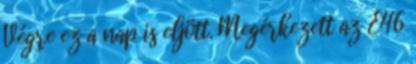
Végre ez a nap is eljött. Megérkezett az E46